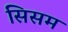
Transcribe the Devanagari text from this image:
सिसम